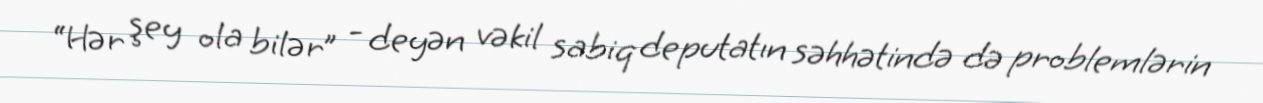
“Hər şey ola bilər” - deyən vəkil sabiq deputatın səhhətində də problemlərin